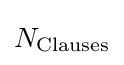
N_{\text{Clauses}}